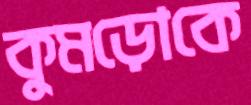
কুমড়োকে